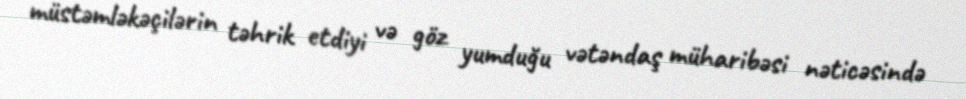
müstəmləkəçilərin təhrik etdiyi və göz yumduğu vətəndaş müharibəsi nəticəsində